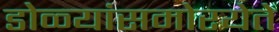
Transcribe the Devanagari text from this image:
डोळ्यांसमोरयेते